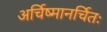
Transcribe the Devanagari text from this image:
अर्चिष्मानर्चितः